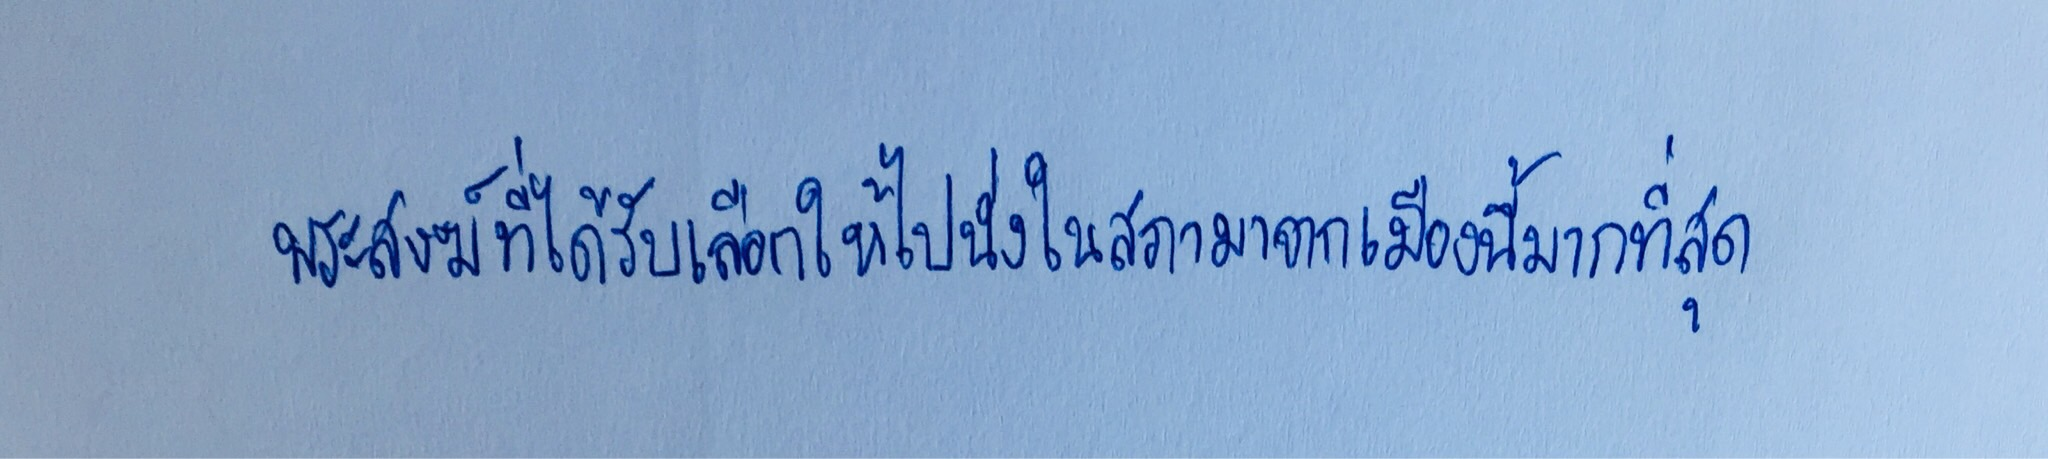
พระสงฆ์ที่ได้รับเลือกให้ไปนั่งในสภามาจากเมืองนี้มากที่สุด